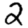
Digit: 2